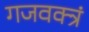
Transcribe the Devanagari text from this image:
गजवक्त्रं